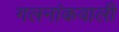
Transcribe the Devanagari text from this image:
गलनांकवाली